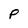
Character: P